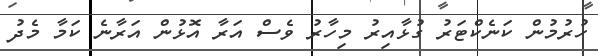
ހުރުމުން ކަނެކްޓަރު ގުޅާއިރު މިހާރު ވެސް އަރާ އޮޅުން އަރާނެ ކަމާ މެދު